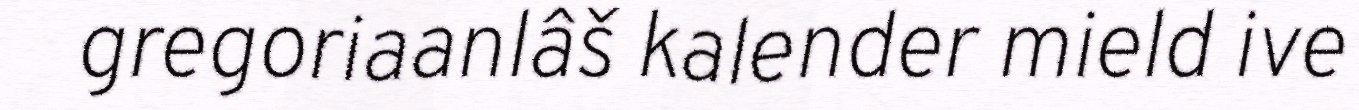
gregoriaanlâš kalender mield ive